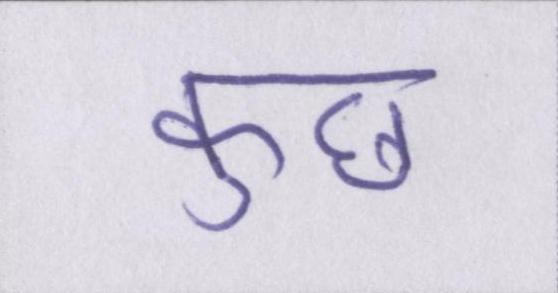
कुछ